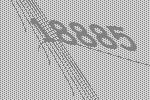
18885